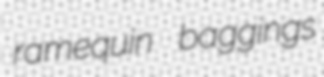
ramequin baggings